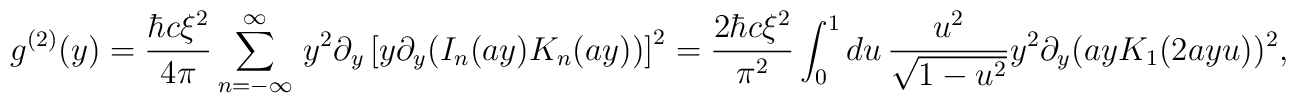
g^{(2)}(y)=\frac{\hbar c \xi^2 }{4\pi }\sum_{n=-\infty}^{\infty }\,y^2 \partial_y\left[ y{{\partial }_y}(I_n(a y)K_n(a y))  \right]^2=\frac{2 \hbar c \xi^2 }{\pi^2}\int _{0}^{1} du\, \frac{u^2}{\sqrt{1-u^2}} y^2{{\partial }_y}(a y K_1(2a y u))^2 ,